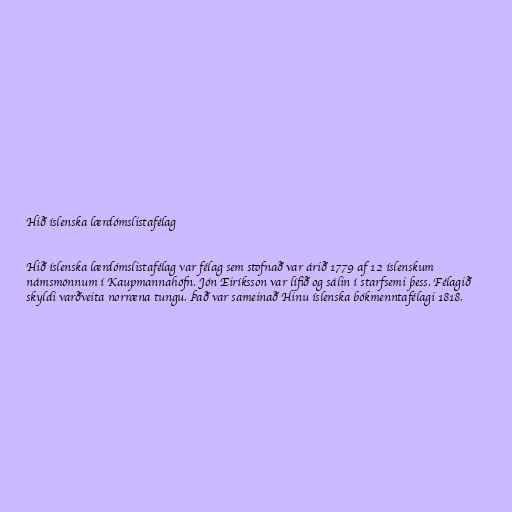
Hið íslenska lærdómslistafélag

Hið íslenska lærdómslistafélag var félag sem stofnað var árið 1779 af 12 íslenskum
námsmönnum í Kaupmannahöfn. Jón Eiríksson var lífið og sálin í starfsemi þess. Félagið
skyldi varðveita norræna tungu. Það var sameinað Hinu íslenska bókmenntafélagi 1818.